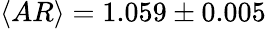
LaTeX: \langle AR\rangle=1.059\pm 0.005